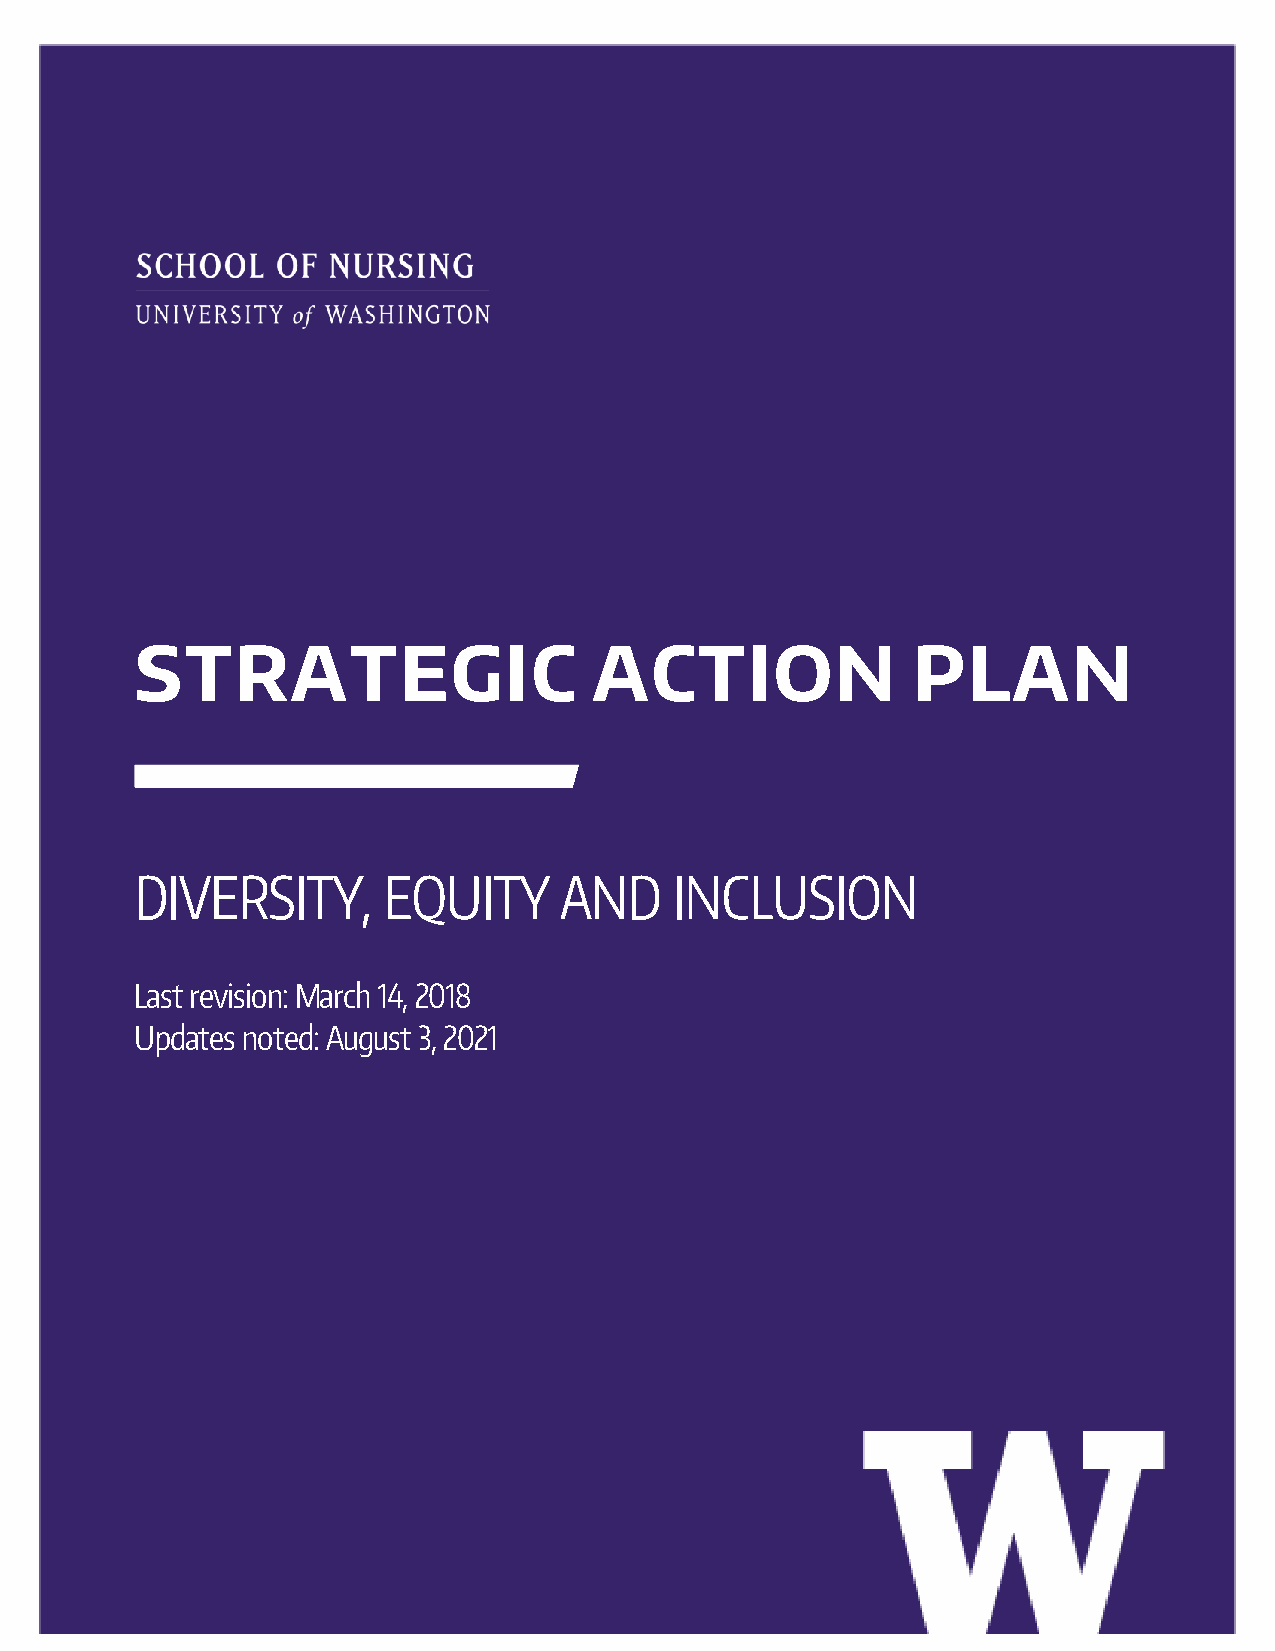
STRATEGIC                     ACTION               PLAN
 DIVERSITY,      EQUITY      AND     INCLUSION
 Last revision: March 14, 2018
 Updates noted: August 3, 2021